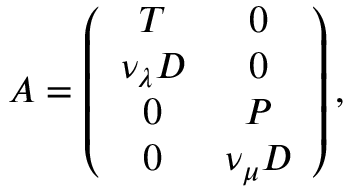
A = \left( \begin{array} { c c } { T } & { 0 } \\ { \nu _ { \lambda } D } & { 0 } \\ { 0 } & { P } \\ { 0 } & { \nu _ { \mu } D } \end{array} \right) ,